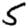
Digit: 5